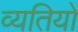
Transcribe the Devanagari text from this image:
व्यतियों